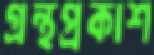
গ্রন্থপ্রকাশ